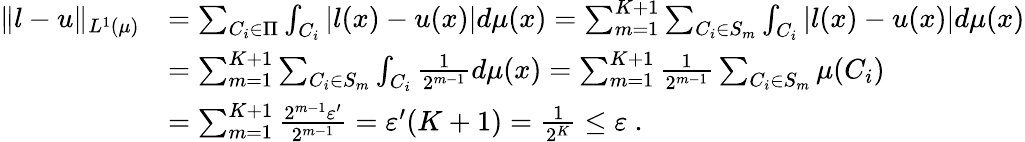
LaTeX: \begin{array}{rl}{\Vert l-u\Vert_{L^{1}(\mu)}}&{=\sum_{C_{i}\in\Pi}\int_{C_{i}}|l(x)-u(x)|d\mu(x)=\sum_{m=1}^{K+1}\sum_{C_{i}\in S_{m}}\int_{C_{i}}|l(x)-u(x)|d\mu(x)}\\ &{=\sum_{m=1}^{K+1}\sum_{C_{i}\in S_{m}}\int_{C_{i}}\frac{1}{2^{m-1}}d\mu(x)=\sum_{m=1}^{K+1}\frac{1}{2^{m-1}}\sum_{C_{i}\in S_{m}}\mu(C_{i})}\\ &{=\sum_{m=1}^{K+1}\frac{2^{m-1}\varepsilon^{\prime}}{2^{m-1}}=\varepsilon^{\prime}(K+1)=\frac{1}{2^{K}}\leq\varepsilon~.}\end{array}